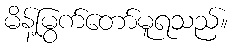
မိန့်မြွက်တော်မူရသည်။